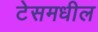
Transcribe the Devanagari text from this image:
टेसमधील